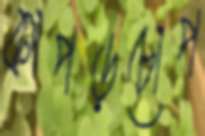
কাপড়চোপ